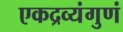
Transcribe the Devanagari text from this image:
एकद्रव्यंगुणं